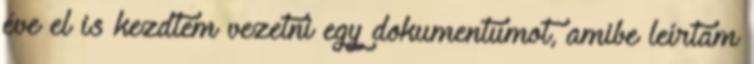
éve el is kezdtem vezetni egy dokumentumot, amibe leírtam